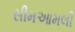
સીમઆમલી